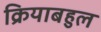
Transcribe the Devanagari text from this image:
क्रियाबहुल